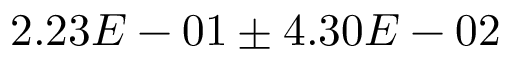
2 . 2 3 E - 0 1 \pm 4 . 3 0 E - 0 2